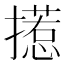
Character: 𱠺